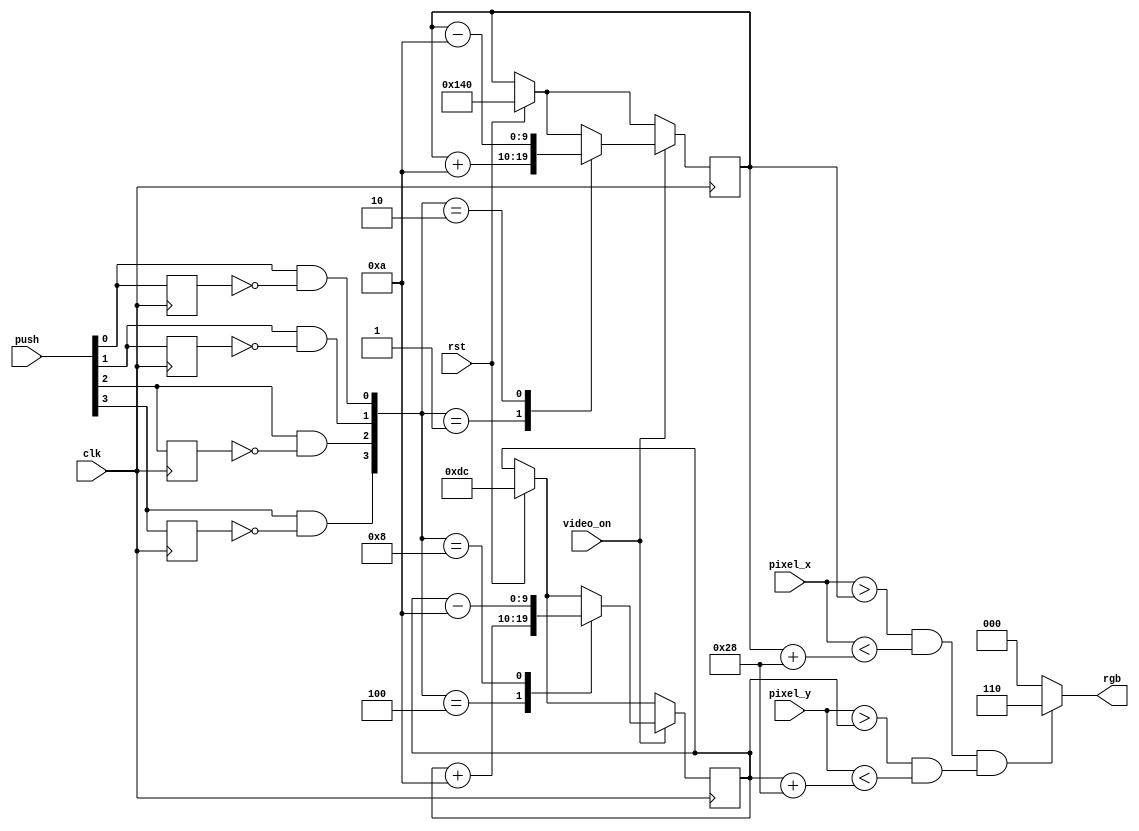
`timescale 1ns / 1ps

module pixelGeneration(clk, rst, push, pixel_x, pixel_y, video_on, rgb);
input clk,rst;
input [3:0] push;
input [9:0] pixel_x, pixel_y;
input video_on;
output reg [2:0] rgb;

wire square_on;
wire [3:0] pushPos;
reg [9:0] x_loc, x_locN, y_loc, y_locN;
reg upP, downP, leftP, rightP;

always @(posedge clk) begin
	x_loc <= #1 x_locN;
	y_loc <= #1 y_locN;
	upP <= #1 push[2];
	downP <= #1 push[3];
	leftP <= #1 push[1];
	rightP <= #1 push[0];
end

assign pushPos[0]= push[0] && !rightP;
assign pushPos[1]
= push[1] && !leftP;
assign pushPos[2]= push[2] && !upP;
assign pushPos[3]= push[3] && !downP;

always @(*) begin
	x_locN = x_loc;
	y_locN = y_loc;

	if(rst) begin
		x_locN = 320;
		y_locN = 220;
	end

	if(video_on) begin
		rgb = 3'b000;
		case(pushPos)
			1: begin //RIGHT
					x_locN = x_loc+10;
			end	
			2: begin //LEFT
					x_locN = x_loc-10;
			end
			4: begin //UP
					y_locN = y_loc+10;
			end
			8:	begin // DOWN
					y_locN = y_loc-10;
			end
		endcase
	end

	if(square_on)
		rgb = 3'b110;
	else
		rgb = 3'b000;
end

assign square_on = ((pixel_x > x_loc && pixel_x < x_loc+40) && (pixel_y > y_loc && pixel_y < y_loc+40));

endmodule